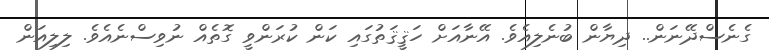
ގެނެސްދޭނަން.. ދިޔާން ބުނެލިއެވެ. އޭނާއަށް ހަޤީޤަތުގައި ކަން ކުރަންވީ ގޮތެއް ނުވިސްނެއެވެ. ލިލިއަން